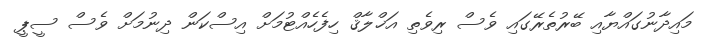
މައިދާނުގައްޔާއި ބޭރުތެރޭގައި ވެސް ރިވެތި އަޚްލާޤް ހިފެހެއްޓުމަށް އިސްކަން ދިނުމަށް ވެސް ސީޕީ